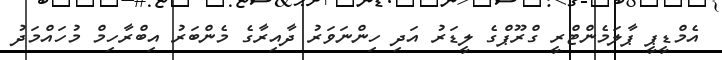
އެމްޑީޕީ ޕާލަމެންޓްރީ ގްރޫޕްގެ ލީޑަރު އަދި ހިންނަވަރު ދާއިރާގެ މެންބަރު އިބްރާހިމް މުހައްމަދު